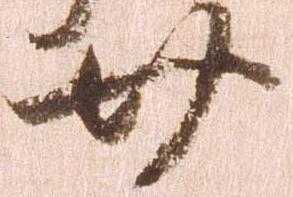
廿